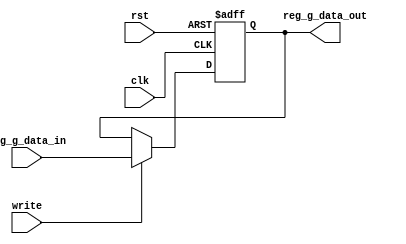
module RegisterG(
	input clk,rst,
	input [15:0] reg_g_data_in,
	input write,
	output [15:0] reg_g_data_out
);

	reg [15:0] reg_g;

	initial begin
		reg_g <= 16'b0;
	end

	always @(posedge clk or posedge rst) begin
		if (rst) begin
			reg_g <= 16'b0;
		end
		else if (write == 1) begin
			reg_g <= reg_g_data_in;
		end
	end

	assign reg_g_data_out = reg_g;

endmodule